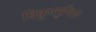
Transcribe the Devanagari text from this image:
चिकूनगुनिया